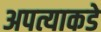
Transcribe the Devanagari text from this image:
अपत्याकडे